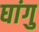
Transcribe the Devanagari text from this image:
घांगु